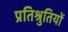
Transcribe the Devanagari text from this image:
प्रतिश्रुतियों